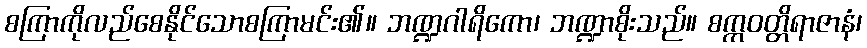
စကြာကိုလည်စေနိုင်သောစကြာမင်း၏။ ဘဏ္ဍဂါရိကော၊ ဘဏ္ဍာစိုးသည်။ စက္ကဝတ္တိရာဇာနံ၊